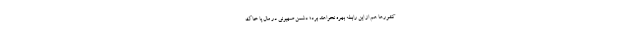
کشورها هم از این رابطه بهره نخواهند برد؛ دشمن صهیونی در مال یا خاک